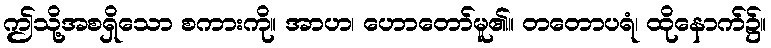
ဤသို့အစရှိသော စကားကို။ အာဟ၊ ဟောတော်မူ၏။ တတောပရံ၊ ထိုနောက်၌။